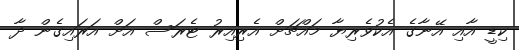
ކިޑީ އާއި އޭނާގެ އެކުވެރިޔާ މައްޗަށް އެރިއިރު ޓެރަސް އަށް އަރައިގެން ދާ